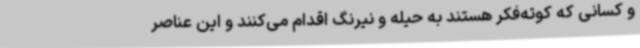
و کسانی که کوته‌فکر هستند به حیله و نیرنگ اقدام می‌کنند و این عناصر